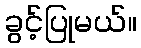
ခွင့်ပြုမယ်။